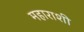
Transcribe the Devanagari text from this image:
महाराशी